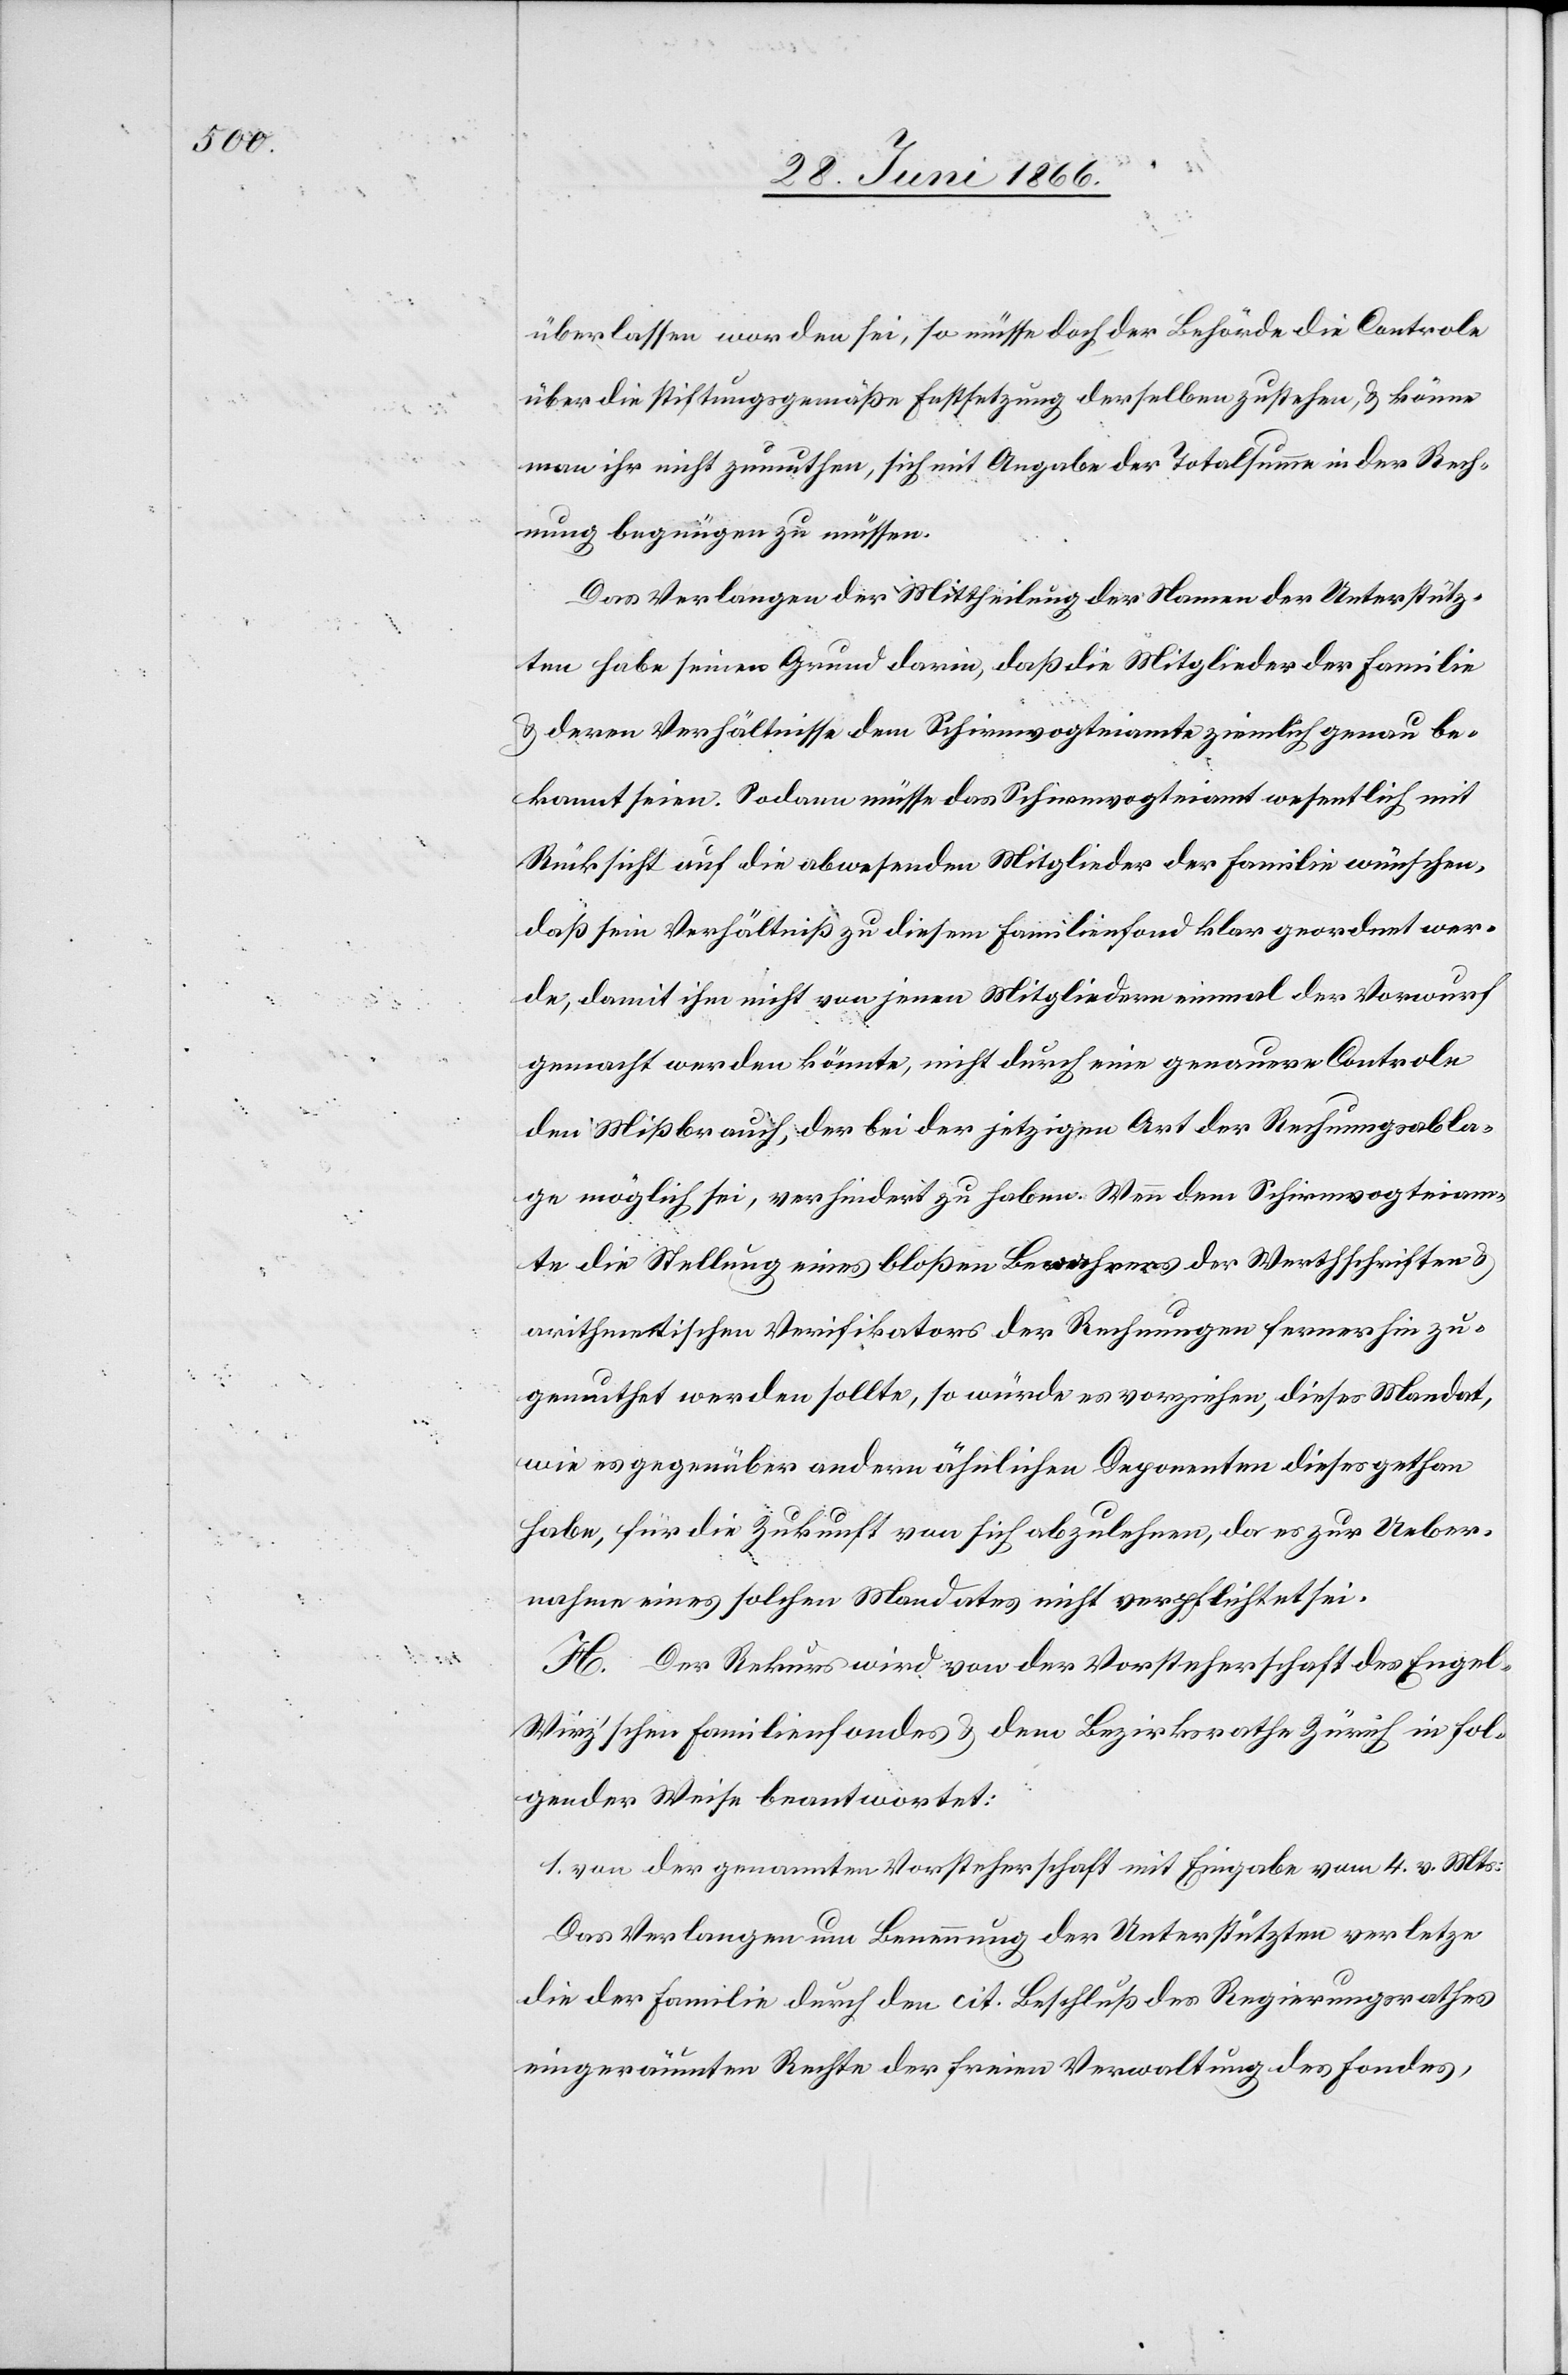
überlassen worden sei, so müsse doch der Behörde die Controle
über die stiftungsgemäße Festsetzung derselben zustehen, u. könne
man ihr nicht zumuthen, sich mit Angabe der Totalsumme in der Rech¬
nung begnügen zu müssen.
Das Verlangen der Mittheilung der Namen der Unterstütz¬
ten habe seinen Grund darin, daß die Mitglieder der Familie
u. deren Verhältnisse dem Schirmvogteiamte ziemlich genau be¬
kannt seien. Sodann müsse das Schirmvogteiamt wesentlich mit
Rücksicht auf die abwesenden Mitglieder der Familie wünschen,
daß sein Verhältniß zu diesem Familienfond klar geordnet wer¬
de, damit ihm nicht von jenen Mitgliedern einmal der Vorwurf
gemacht werden könnte, nicht durch eine genauere Controle
den Mißbrauch, der bei der jetzigen Art der Rechnungsabla¬
ge möglich sei, verhindert zu haben. Wenn dem Schirmvogteiam¬
te die Stellung eines bloßen Bewahrers der Werthschriften u.
arithmetischen Verifikators der Rechnungen fernerhin zu¬
gemuthet werden sollte, so würde [er] es vorziehen, dieses Mandat,
wie es gegenüber andern ähnlichen Deponenten dieses gethan
habe, für die Zukunft von sich abzulehnen, da es zur Ueber¬
nahme eines solchen Mandates nicht verpflichtet sei.
H. Der Rekurs wird von der Vorsteherschaft des Enge¬
l-Wirz’schen Familienfondes u. dem Bezirksrathe Zürich in fol¬
gender Weise beantwortet:
1. von der genannten Vorsteherschaft mit Eingabe vom 4. v. Mts:
Das Verlangen um Benennung der Unterstützten verletze
die der Familie durch den cit. Beschluß des Regierungsrathes
eingeräumten Rechte der freien Verwaltung des Fondes,